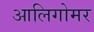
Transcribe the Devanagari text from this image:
आलिगोमर